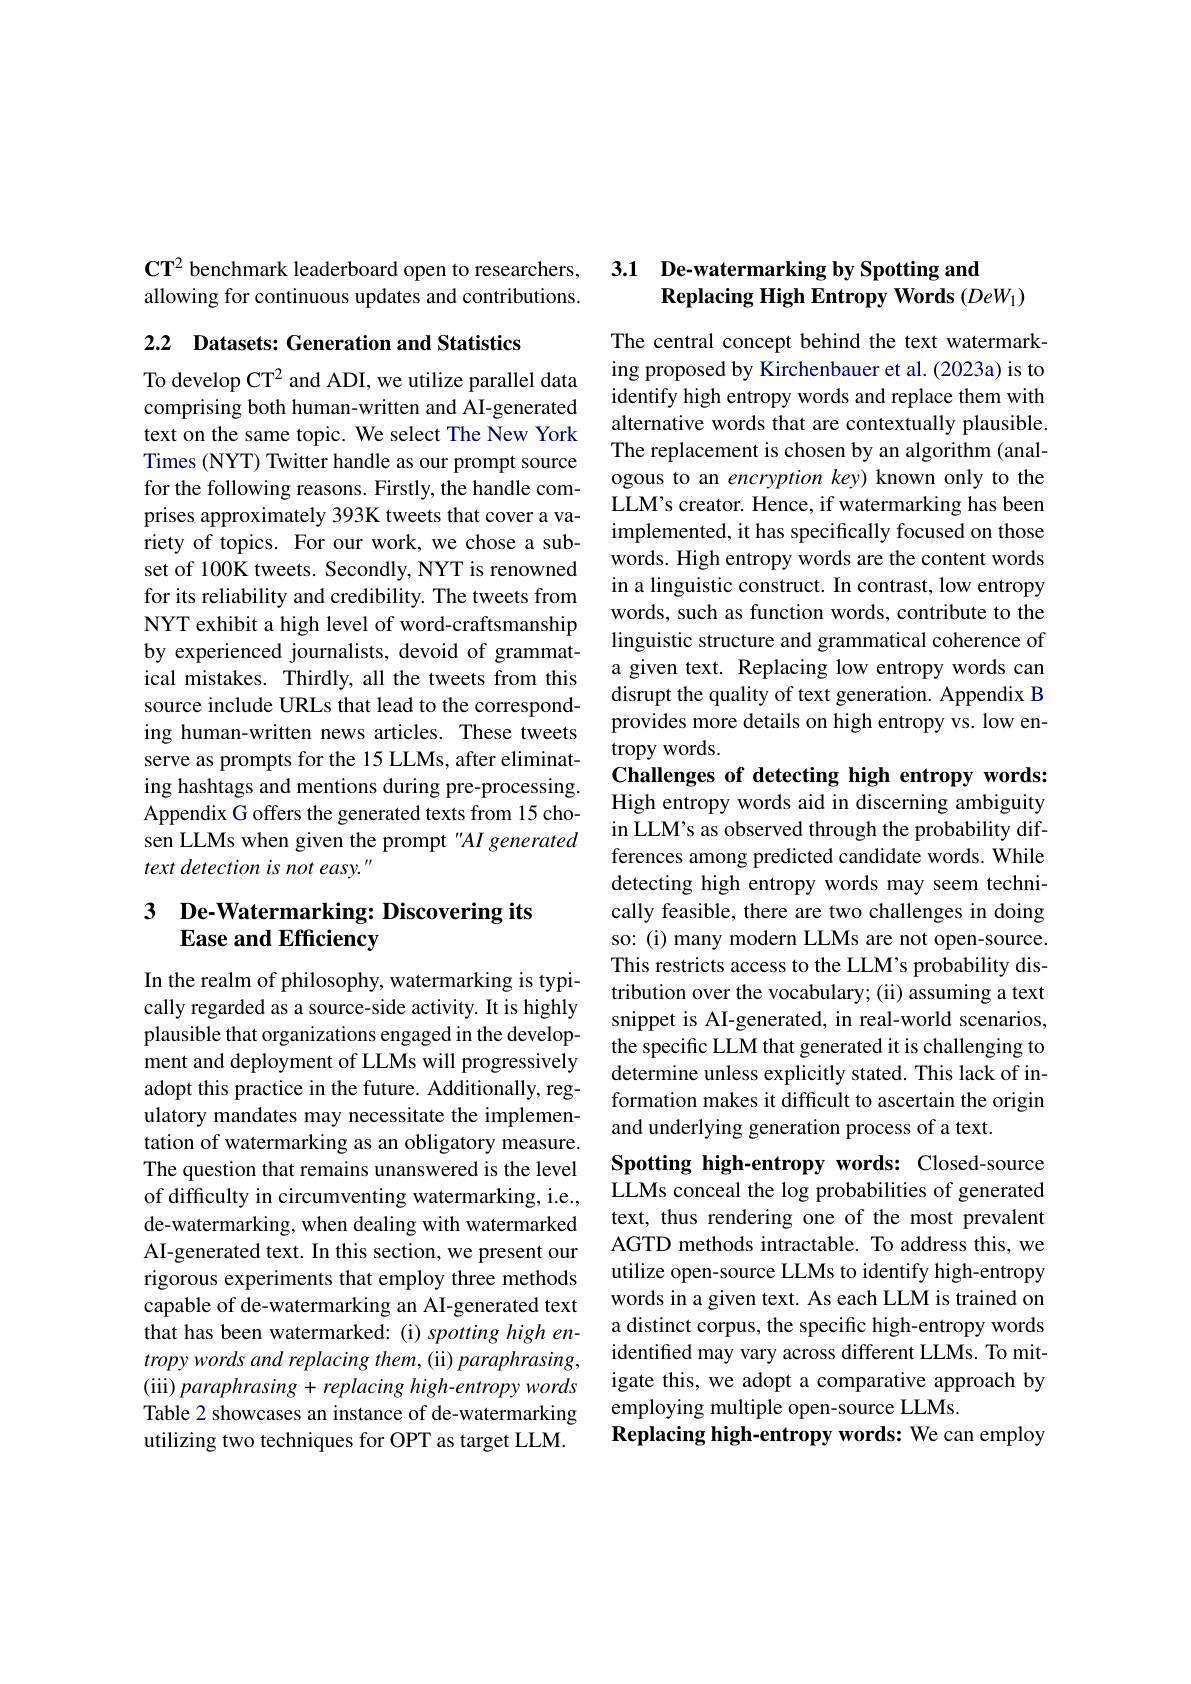
$\mathbf{CT}^2$ benchmark leaderboard open to researchers, allowing for continuous updates and contributions.

2.2 Datasets: Generation and Statistics

To develop CT$^{2}$ and ADI, we utilize parallel data comprising both human-written and AI-generated text on the same topic. We select The New York Times (NYT) Twitter handle as our prompt source for the following reasons. Firstly, the handle comprises approximately 393K tweets that cover a variety of topics. For our work, we chose a subset of 100K tweets. Secondly, NYT is renowned for its reliability and credibility. The tweets from NYT exhibit a high level of word-craftsmanship by experienced journalists, devoid of grammatical mistakes. Thirdly, all the tweets from this source include URLs that lead to the corresponding human-written news articles. These tweets serve as prompts for the 15 LLMs, after eliminating hashtags and mentions during pre-processing. Appendix G offers the generated texts from 15 chosen LLMs when given the prompt "AI generated text detection is not easy. "

# 3 De-Watermarking: Discovering its Ease and Efficiency

In the realm of philosophy, watermarking is typically regarded as a source-side activity. It is highly plausible that organizations engaged in the development and deployment of LLMs will progressively adopt this practice in the future. Additionally, regulatory mandates may necessitate the implementation of watermarking as an obligatory measure. The question that remains unanswered is the level of difficulty in circumventing watermarking, i.e., de-watermarking, when dealing with watermarked AI-generated text. In this section, we present our rigorous experiments that employ three methods capable of de-watermarking an AI-generated text that has been watermarked: (i) spotting high entropy words and replacing them, (ii) paraphrasing, (iii) paraphrasing + replacing high-entropy words Table 2 showcases an instance of de-watermarking utilizing two techniques for OPT as target LLM.

## 3.1 De-watermarking by Spotting and Replacing High Entropy Words $(DeW_{1})$

The central concept behind the text watermarking proposed by Kirchenbauer et al. (2023a) is to identify high entropy words and replace them with alternative words that are contextually plausible. The replacement is chosen by an algorithm (analogous to an encryption key) known only to the LLM's creator. Hence, if watermarking has been implemented, it has specifically focused on those words. High entropy words are the content words in a linguistic construct. In contrast, low entropy words, such as function words, contribute to the linguistic structure and grammatical coherence of a given text. Replacing low entropy words can disrupt the quality of text generation. Appendix B provides more details on high entropy vs. low entropy words.
Challenges of detecting high entropy words:

High entropy words aid in discerning ambiguity in LLM's as observed through the probability differences among predicted candidate words. While detecting high entropy words may seem technically feasible, there are two challenges in doing so: (i) many modern LLMs are not open-source. This restricts access to the LLM's probability distribution over the vocabulary; (ii) assuming a text snippet is AI-generated, in real-world scenarios, the specific LLM that generated it is challenging to determine unless explicitly stated. This lack of information makes it difficult to ascertain the origin and underlying generation process of a text.

Spotting high-entropy words: Closed-source LLMs conceal the log probabilities of generated text, thus rendering one of the most prevalent AGTD methods intractable. To address this, we utilize open-source LLMs to identify high-entropy words in a given text. As each LLM is trained on a distinct corpus, the specific high-entropy words identified may vary across different LLMs. To mitigate this, we adopt a comparative approach by employing multiple open-source LLMs.
$\textbf{Replacing high- entropy words:  We can employ}$